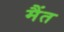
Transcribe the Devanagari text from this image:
मैंत